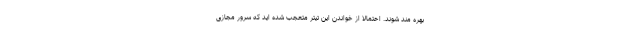
بهره مند شوند. احتمالا از خواندن این تیتر متعجب شده اید که سرور مجازی